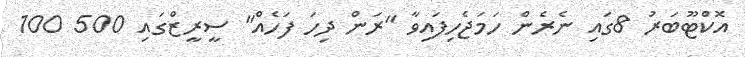
އޮކްޓޫބަރު 8ގައި ނެރެން ހަމަޖެހިފައިވާ "ރަން ދިހަ ފަހެއް" ސީރީޒްގައި 500 100